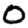
Digit: 0